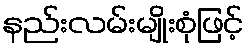
နည်းလမ်းမျိုးစုံဖြင့်